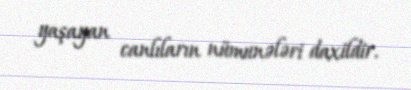
yaşayan canlıların nümunələri daxildir.